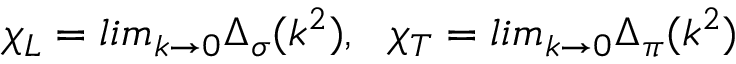
\chi _ { L } = l i m _ { k \rightarrow 0 } \Delta _ { \sigma } ( k ^ { 2 } ) , \ \ \chi _ { T } = l i m _ { k \rightarrow 0 } \Delta _ { \pi } ( k ^ { 2 } )